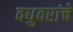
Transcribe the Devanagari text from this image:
वधुवरांचे